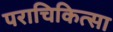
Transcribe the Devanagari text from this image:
पराचिकित्सा